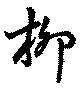
柳